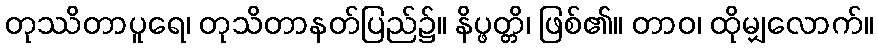
တုဿိတာပူရေ၊ တုသိတာနတ်ပြည်၌။ နိပ္ဖတ္တိ၊ ဖြစ်၏။ တာဝ၊ ထိုမျှလောက်။